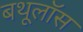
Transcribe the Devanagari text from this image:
बथूलॉस